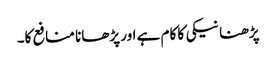
پڑھنا نیکی کا کام ہے اور پڑھانا منافع کا۔